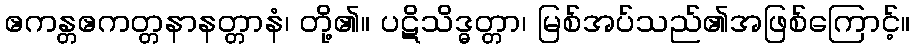
ဧကန္တဧကတ္တနာနတ္တာနံ၊ တို့၏။ ပဋိသိဒ္ဓတ္တာ၊ မြစ်အပ်သည်၏အဖြစ်ကြောင့်။